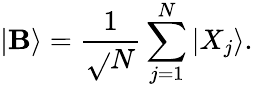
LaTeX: |\mathbf{B}\rangle=\frac{{1}}{{\sqrt{}{{N}}}}\sum_{j=1}^{N}|X_{j}\rangle.